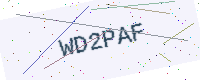
Text: WD2PAF